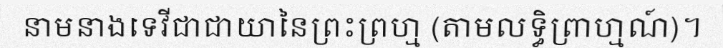
នាមនាងទេវីជាជាយានៃព្រះព្រហ្ម (តាមលទ្ធិព្រាហ្មណ៍)។